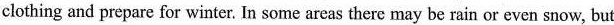
clothing and prepare for winter. In some areas there may be rain or even snow, but